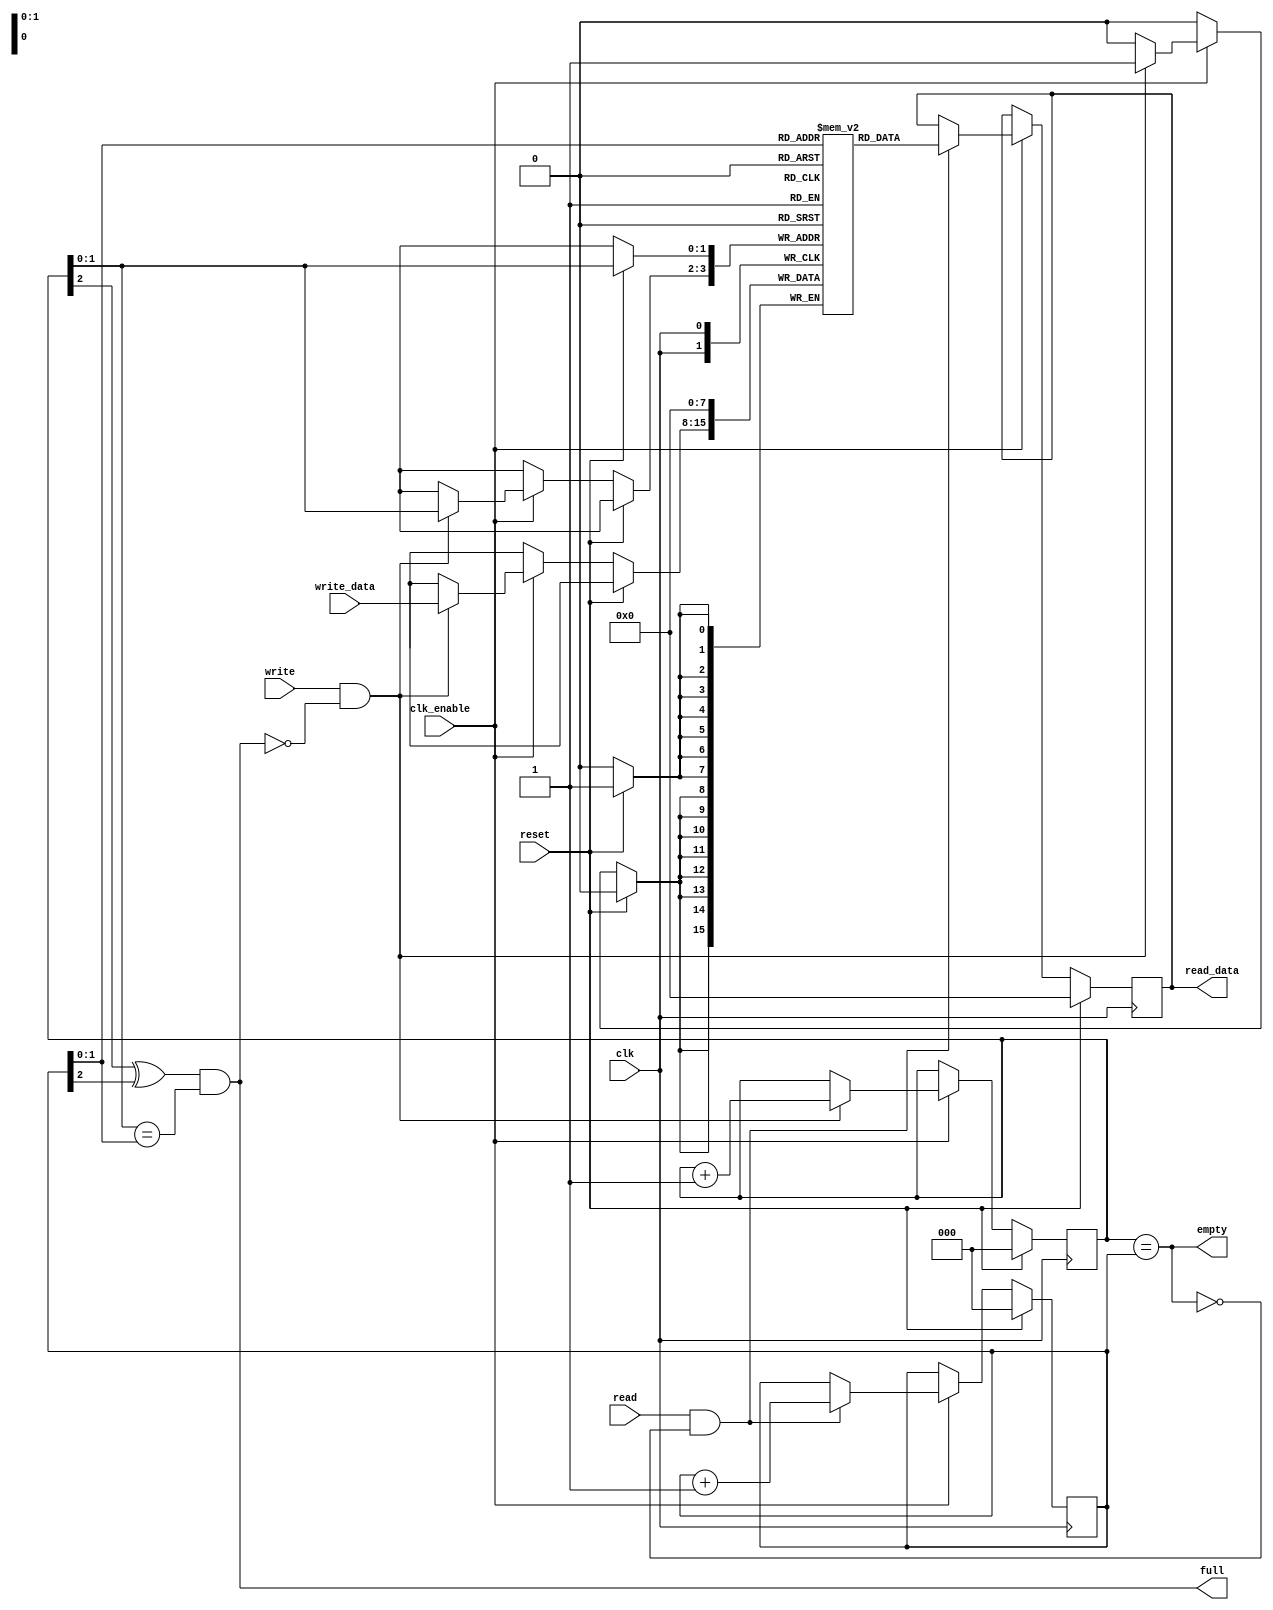
module fifo_simple
#(
  parameter   FIFO_DEPTH      = 4,
              FIFO_DATA_WIDTH = 8
)
(
  input                            clk,
  input                            clk_enable,
  input                            reset,

  input                            write,
  input                            read,

  input      [FIFO_DATA_WIDTH-1:0] write_data,
  output reg [FIFO_DATA_WIDTH-1:0] read_data,

  output                           empty,
  output                           full
);

  localparam  FIFO_PTR_WIDTH  = $clog2(FIFO_DEPTH) + 1;
  
  reg [FIFO_DATA_WIDTH-1:0] fifo_array [FIFO_DEPTH-1:0];

  reg [FIFO_PTR_WIDTH-1:0]  rd_ptr;
  reg [FIFO_PTR_WIDTH-1:0]  wr_ptr;

  //------------------------------------------------
  // Write Pointer Logic
  //------------------------------------------------
  always @ (posedge clk)
  begin
    if (reset)
      wr_ptr <= {FIFO_PTR_WIDTH{1'b0}};
    else if (clk_enable)
      if (write & !full)
        wr_ptr <= wr_ptr + 1'b1;
  end

  //------------------------------------------------
  // Read Pointer Logic
  //------------------------------------------------
  always @ (posedge clk)
  begin
    if (reset)
      rd_ptr <= {FIFO_PTR_WIDTH{1'b0}};
    else if (clk_enable)
      if (read & !empty)
        rd_ptr <= rd_ptr + 1'b1;
  end

  //------------------------------------------------
  // Full and Empty flags
  //------------------------------------------------
  assign full = (wr_ptr[FIFO_PTR_WIDTH-1] ^ rd_ptr[FIFO_PTR_WIDTH-1]) & 
                (wr_ptr[FIFO_PTR_WIDTH-2:0] == rd_ptr[FIFO_PTR_WIDTH-2:0]);
  assign empty = (wr_ptr == rd_ptr);

  //-----------------------------------------------
  // FIFO Write
  //-----------------------------------------------
  always @ (posedge clk)
  begin
    if (reset)
      fifo_array[wr_ptr] <= {FIFO_DATA_WIDTH{1'b0}};
    else if (clk_enable)
      if (write & !full)
        fifo_array[wr_ptr] <= write_data;
  end

  //-----------------------------------------------
  // FIFO Read
  //-----------------------------------------------
  always @ (posedge clk)
  begin
    if (reset)
      read_data <= {FIFO_DATA_WIDTH{1'b0}};
    else if (clk_enable)
      if (read & !empty)
        read_data <= fifo_array[rd_ptr];
  end

endmodule